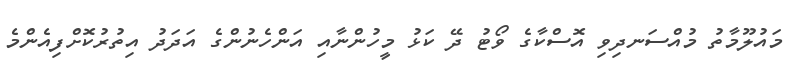
މައުލޫމާތު މުއްސަނދިވި އޮސްކާގެ ވޯޓު ދޭ ކަޅު މީހުންނާއި އަންހެނުންގެ އަދަދު އިތުރުކޮށްފިއެންމެ